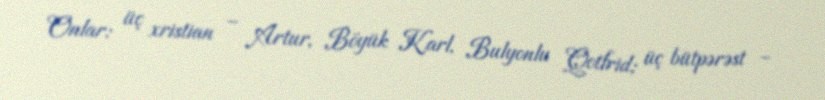
Onlar: üç xristian – Artur, Böyük Karl, Bulyonlu Qotfrid; üç bütpərəst –